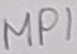
Text: MP1